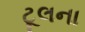
ટૂલના